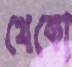
থেকো